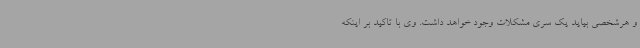
و هرشخصی بیاید یک سری مشکلات وجود خواهد داشت. وی با تاکید بر اینکه